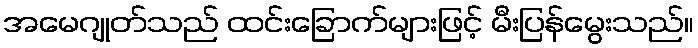
အမေဂျုတ်သည် ထင်းခြောက်များဖြင့် မီးပြန်မွေးသည်။